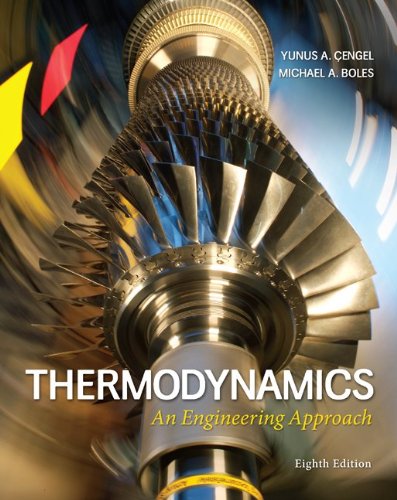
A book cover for Thermodynamics: An Engineering Approach; Yunus Cengel; Engineering & Transportation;